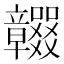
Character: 𥫖